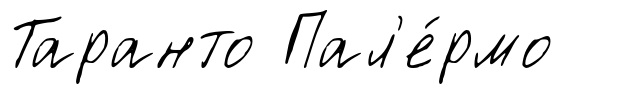
Таранто Пал'е́рмо